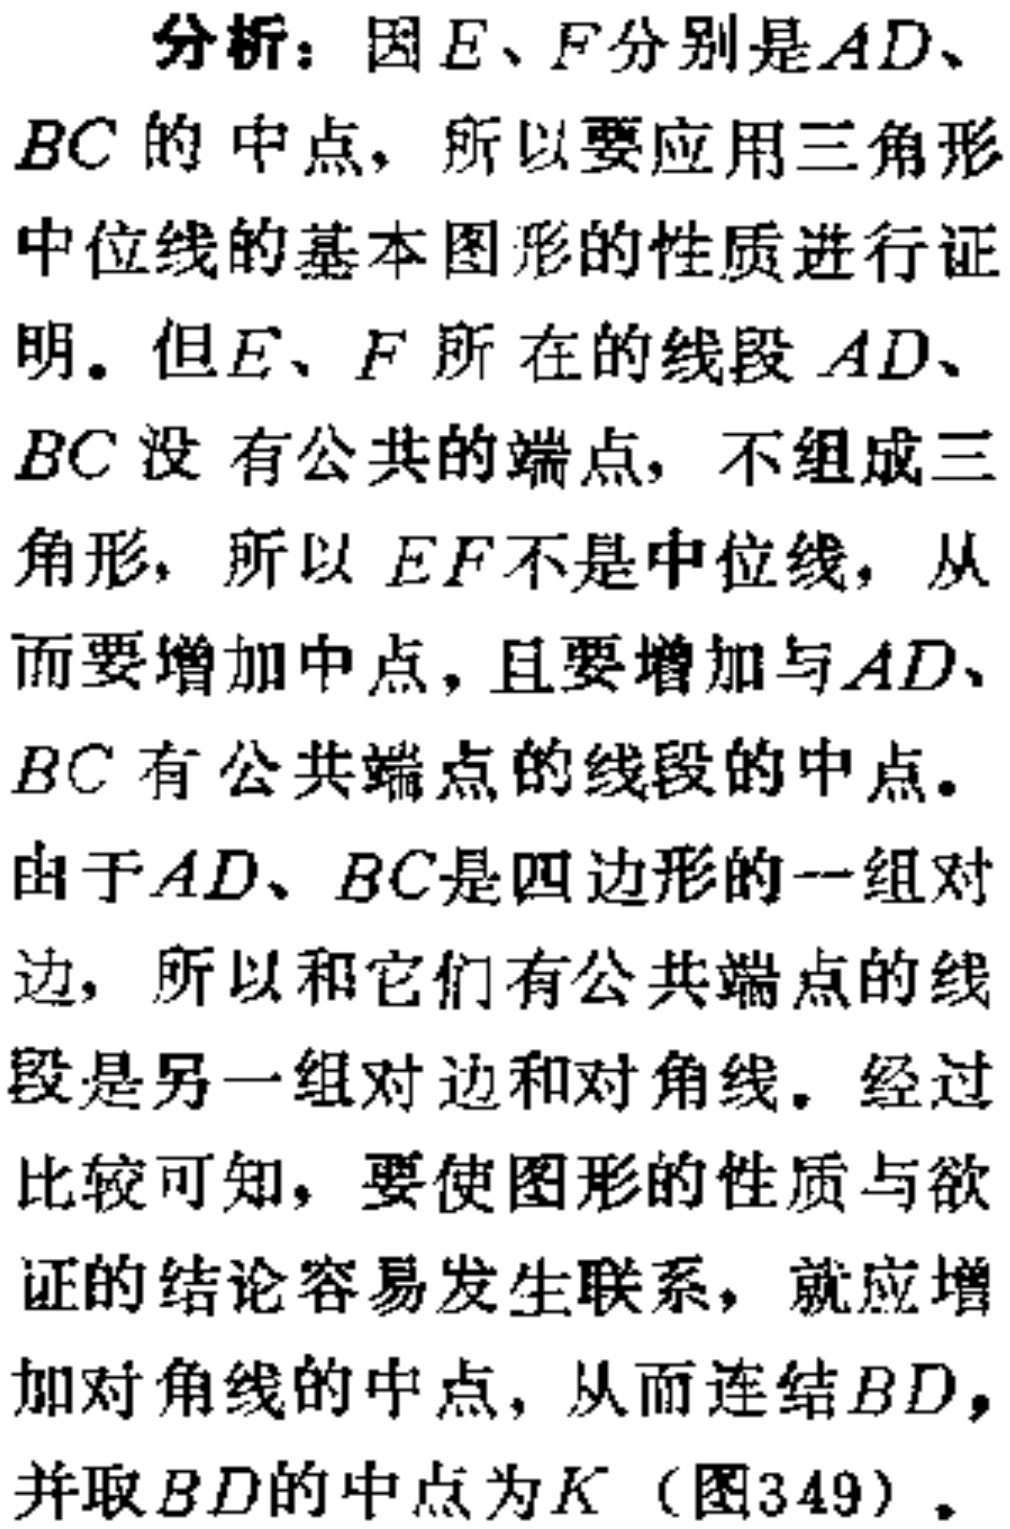
分析：因\(E、F\)分别是\(AD、BC\)的中点，所以要应用三角形中位线的基本图形的性质进行证明。但\(E、F\)所在的线段\(AD、BC\)没有公共的端点，不组成三角形，所以 \(EF\)不是中位线，从而要增加中点，且要增加与\(AD、BC\)有公共端点的线段的中点。由于\(AD、BC\)是四边形的一组对边，所以和它们有公共端点的线段是另一组对边和对角线。经过比较可知，要使图形的性质与欲证的结论容易发生联系，就应增加对角线的中点，从而连结\(BD\)，并取\(BD\)的中点为\(K\)（图349）。